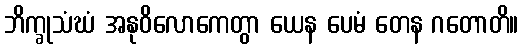
ဘိက္ခုသံဃံ အနုဝိလောကေတွာ ယေန ပေမံ တေန ဂတောတိ။